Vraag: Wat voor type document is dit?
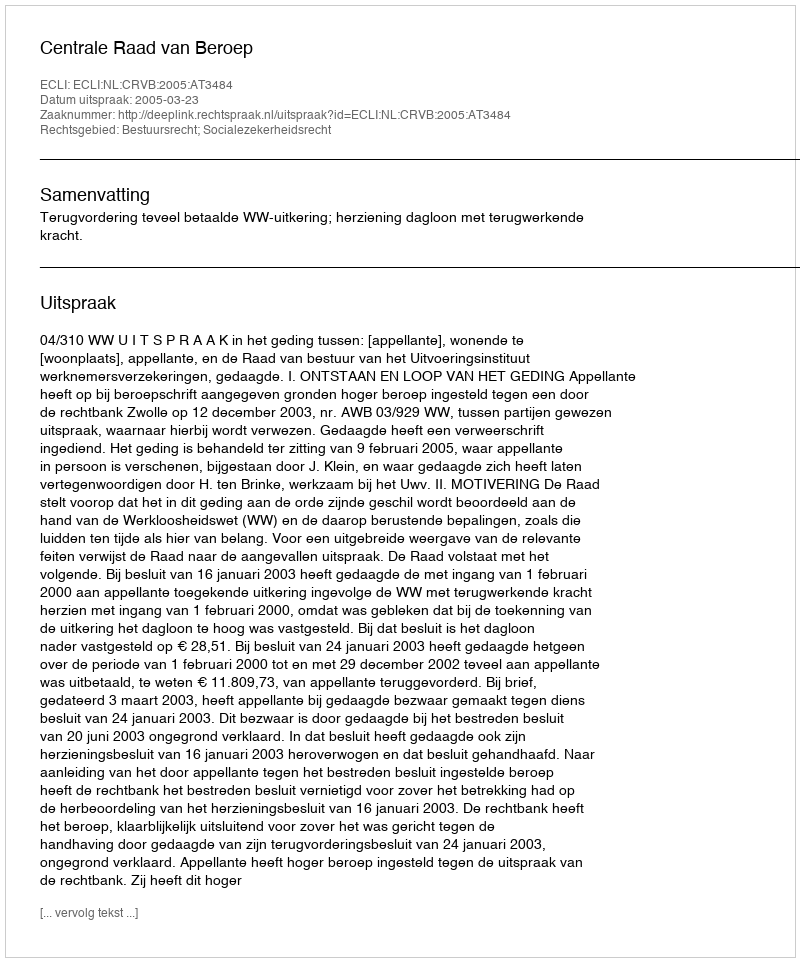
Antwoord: Uitspraak